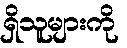
ရှိသူများကို